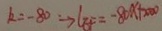
k = - 8 0 \rightarrow l _ { E F } = - 8 0 x + 5 0 0